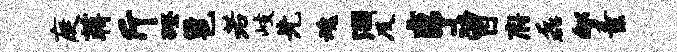
庭蒋斤磴邕若岐先魂涸及亨曾府磊郇素